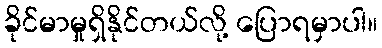
ခိုင်မာမှုရှိနိုင်တယ်လို့ ပြောရမှာပါ။